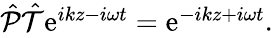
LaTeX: \begin{array}{r}{\hat{\mathcal P}\hat{\mathcal T}\mathrm{e}^{ikz-i\omega t}=\mathrm{e}^{-ikz+i\omega t}.}\end{array}